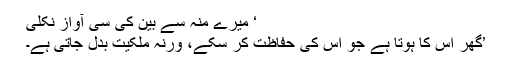
‘ میرے منہ سے بین کی سی آواز نکلی
’گھر اس کا ہوتا ہے جو اس کی حفاظت کر سکے، ورنہ ملکیت بدل جاتی ہے۔